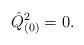
LaTeX: \begin{align*}\hat{Q}_{(0)}^2=0.\end{align*}